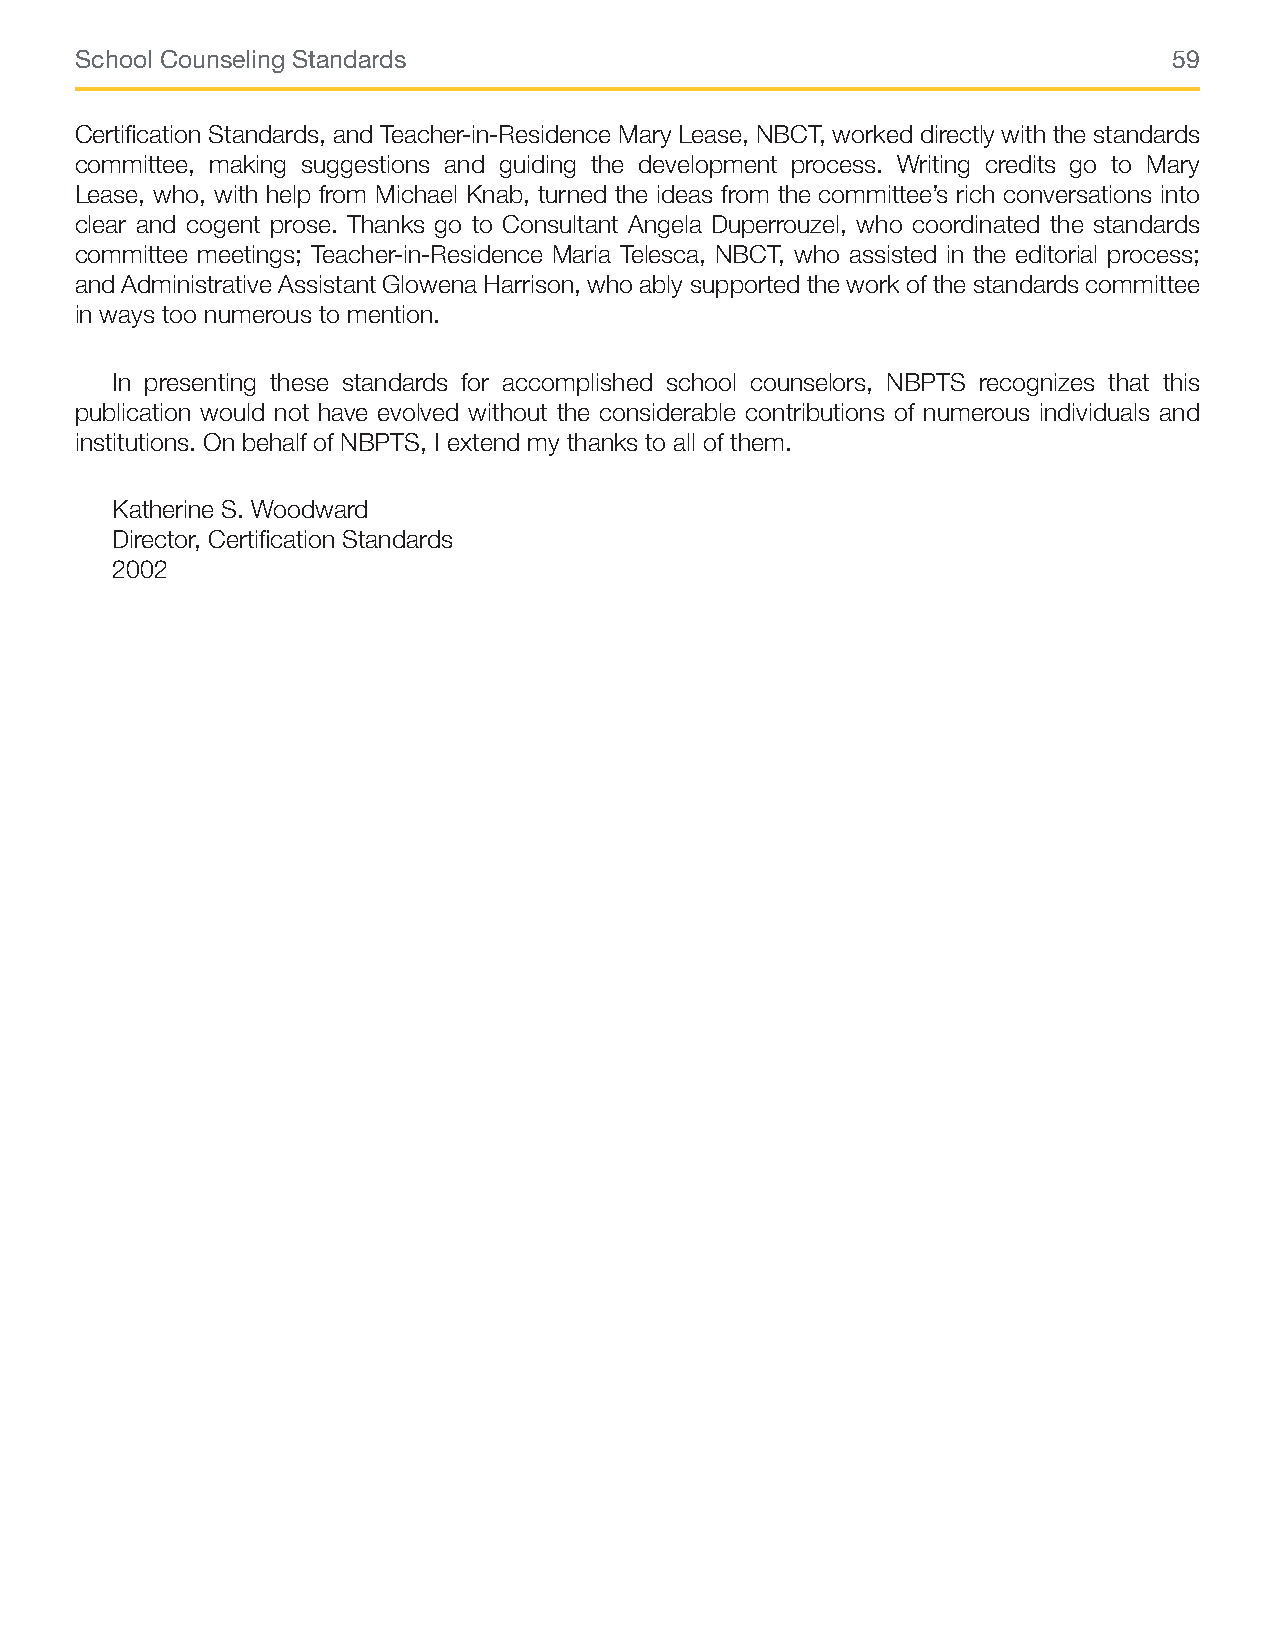
School Counseling Standards                                              59
 Certification Standards, and Teacher-in-Residence Mary Lease, NBCT, worked directly with the standards
 committee, making suggestions and guiding the development process. Writing credits go to Mary
 Lease, who, with help from Michael Knab, turned the ideas from the committee’s rich conversations into
 clear and cogent prose. Thanks go to Consultant Angela Duperrouzel, who coordinated the standards
 committee meetings; Teacher-in-Residence Maria Telesca, NBCT, who assisted in the editorial process;
 and Administrative Assistant Glowena Harrison, who ably supported the work of the standards committee
 in ways too numerous to mention.
 In presenting these standards for accomplished school counselors, NBPTS recognizes that this
 publication would not have evolved without the considerable contributions of numerous individuals and
 institutions. On behalf of NBPTS, I extend my thanks to all of them.
 Katherine S. Woodward
 Director, Certification Standards
 2002